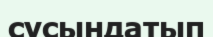
сусындатып